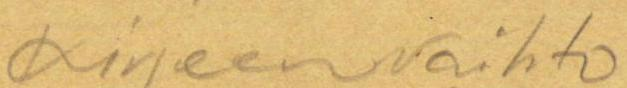
Kirjeenvaihto